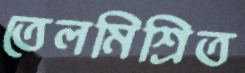
তেলমিশ্রিত